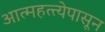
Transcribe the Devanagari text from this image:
आत्महत्त्येपासून